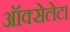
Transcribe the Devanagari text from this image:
ऑक्सेलेट।